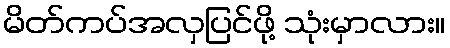
မိတ်ကပ်အလှပြင်ဖို့ သုံးမှာလား။